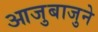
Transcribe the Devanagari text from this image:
आजुबाजुने